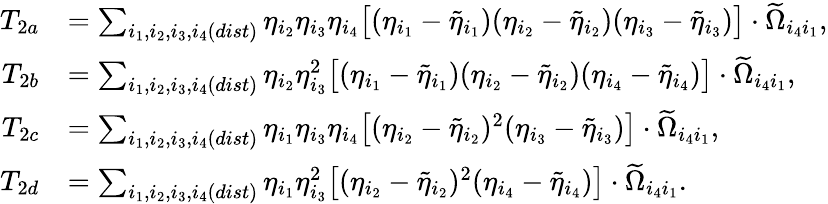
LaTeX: \begin{array}{rl}{T_{2a}}&{=\sum_{i_{1},i_{2},i_{3},i_{4}(dist)}\eta_{i_{2}}\eta_{i_{3}}\eta_{i_{4}}\big[(\eta_{i_{1}}-\tilde{\eta}_{i_{1}})(\eta_{i_{2}}-\tilde{\eta}_{i_{2}})(\eta_{i_{3}}-\tilde{\eta}_{i_{3}})\big]\cdot\widetilde{\Omega}_{i_{4}i_{1}},}\\ {T_{2b}}&{=\sum_{i_{1},i_{2},i_{3},i_{4}(dist)}\eta_{i_{2}}\eta_{i_{3}}^{2}\big[(\eta_{i_{1}}-\tilde{\eta}_{i_{1}})(\eta_{i_{2}}-\tilde{\eta}_{i_{2}})(\eta_{i_{4}}-\tilde{\eta}_{i_{4}})\big]\cdot\widetilde{\Omega}_{i_{4}i_{1}},}\\ {T_{2c}}&{=\sum_{i_{1},i_{2},i_{3},i_{4}(dist)}\eta_{i_{1}}\eta_{i_{3}}\eta_{i_{4}}\big[(\eta_{i_{2}}-\tilde{\eta}_{i_{2}})^{2}(\eta_{i_{3}}-\tilde{\eta}_{i_{3}})\big]\cdot\widetilde{\Omega}_{i_{4}i_{1}},}\\ {T_{2d}}&{=\sum_{i_{1},i_{2},i_{3},i_{4}(dist)}\eta_{i_{1}}\eta_{i_{3}}^{2}\big[(\eta_{i_{2}}-\tilde{\eta}_{i_{2}})^{2}(\eta_{i_{4}}-\tilde{\eta}_{i_{4}})\big]\cdot\widetilde{\Omega}_{i_{4}i_{1}}.}\end{array}